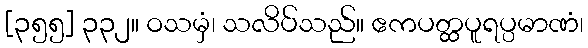
[၃၅၅] ၃၃၂။ ဝသမှံ၊ သလိပ်သည်။ ဧကပတ္ထပူရပ္ပမာဏံ၊